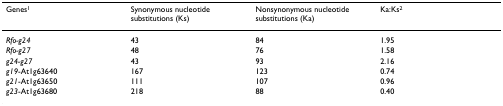
| Genes1 | Synonymous nucleotide substitutions (Ks) | Nonsynonymous nucleotide substitutions (Ka) | Ka:Ks2 |
 | --- | --- | --- | --- |
 | Rfo-g24 | 43 | 84 | 1.95 |
 | Rfo-g27 | 48 | 76 | 1.58 |
 | g24-g27 | 43 | 93 | 2.16 |
 | g19-At1g63640 | 167 | 123 | 0.74 |
 | g21-At1g63650 | 111 | 107 | 0.96 |
 | g23-At1g63680 | 218 | 88 | 0.40 |